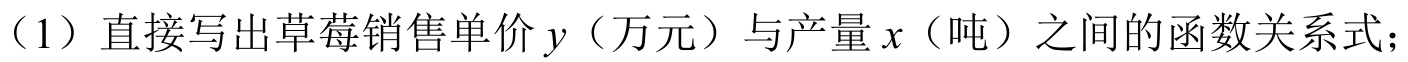
（1）直接写出草莓销售单价\(y\)（万元）与产量\(x\)（吨）之间的函数关系式；